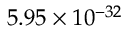
5 . 9 5 \times 1 0 ^ { - 3 2 }